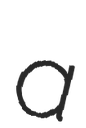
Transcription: a